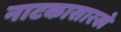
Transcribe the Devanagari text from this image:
नाटकासारखे